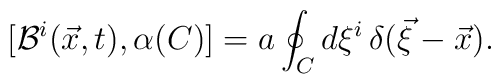
[{\cal B}^i(\vec x,t),\alpha(C)]=a\oint_C d\xi^i\,\delta(\vec\xi-\vec x).